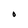
Character: O